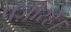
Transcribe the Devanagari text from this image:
पज़ीरहे।